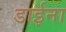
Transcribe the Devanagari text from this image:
डाईना